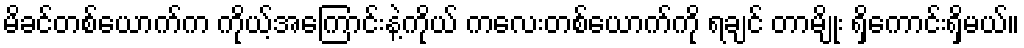
မိခင်တစ်ယောက်က ကိုယ့်အကြောင်းနဲ့ကိုယ် ကလေးတစ်ယောက်ကို ရချင် တာမျိုး ရှိကောင်းရှိမယ်။